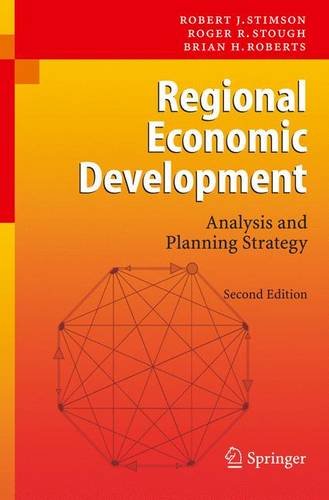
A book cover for Regional Economic Development: Analysis and Planning Strategy; Robert J. Stimson; Business & Money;